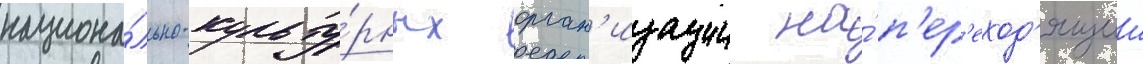
национа́льно-культу́рных орган'изации на́ п'ер'еход'ящии